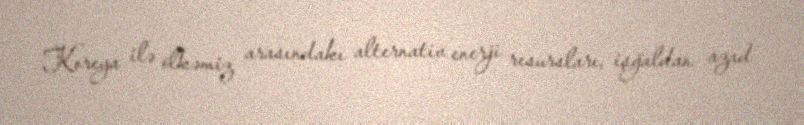
Koreya ilə ölkəmiz arasındakı alternativ enerji resursları, işğaldan azad